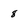
Character: 8